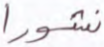
نشورا